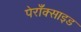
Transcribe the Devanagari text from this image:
पेराँक्साइड